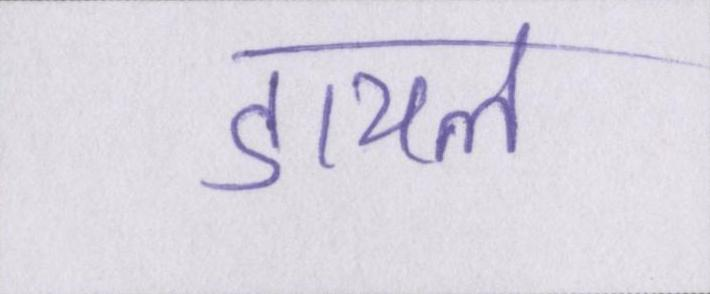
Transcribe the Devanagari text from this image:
डायल